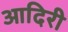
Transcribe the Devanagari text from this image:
आदिरी